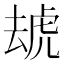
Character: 䖔